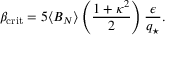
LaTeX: \beta _ { \mathrm { c r i t } } = 5 \langle B _ { N } \rangle \left( { \frac { 1 + \kappa ^ { 2 } } { 2 } } \right) { \frac { \epsilon } { q _ { \star } } } .